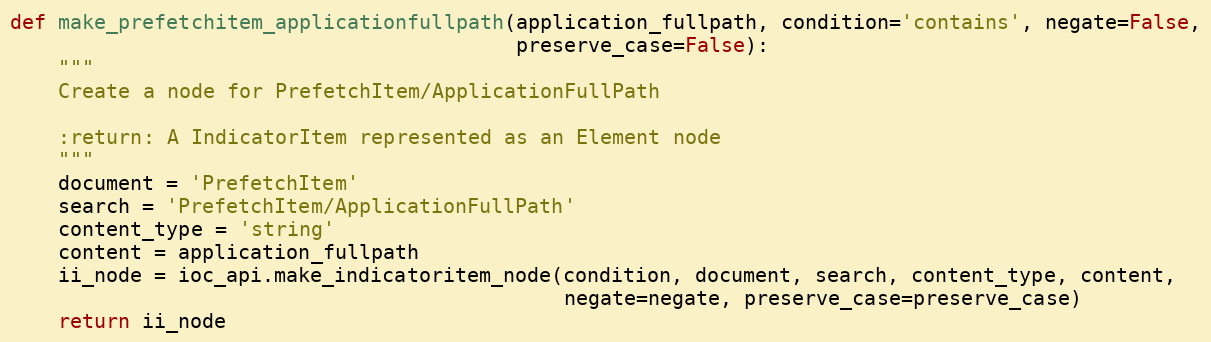
Language: Python
def make_prefetchitem_applicationfullpath(application_fullpath, condition='contains', negate=False,
                                          preserve_case=False):
    """
    Create a node for PrefetchItem/ApplicationFullPath

    :return: A IndicatorItem represented as an Element node
    """
    document = 'PrefetchItem'
    search = 'PrefetchItem/ApplicationFullPath'
    content_type = 'string'
    content = application_fullpath
    ii_node = ioc_api.make_indicatoritem_node(condition, document, search, content_type, content,
                                              negate=negate, preserve_case=preserve_case)
    return ii_node